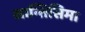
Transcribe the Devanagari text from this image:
सान्तिसिमा